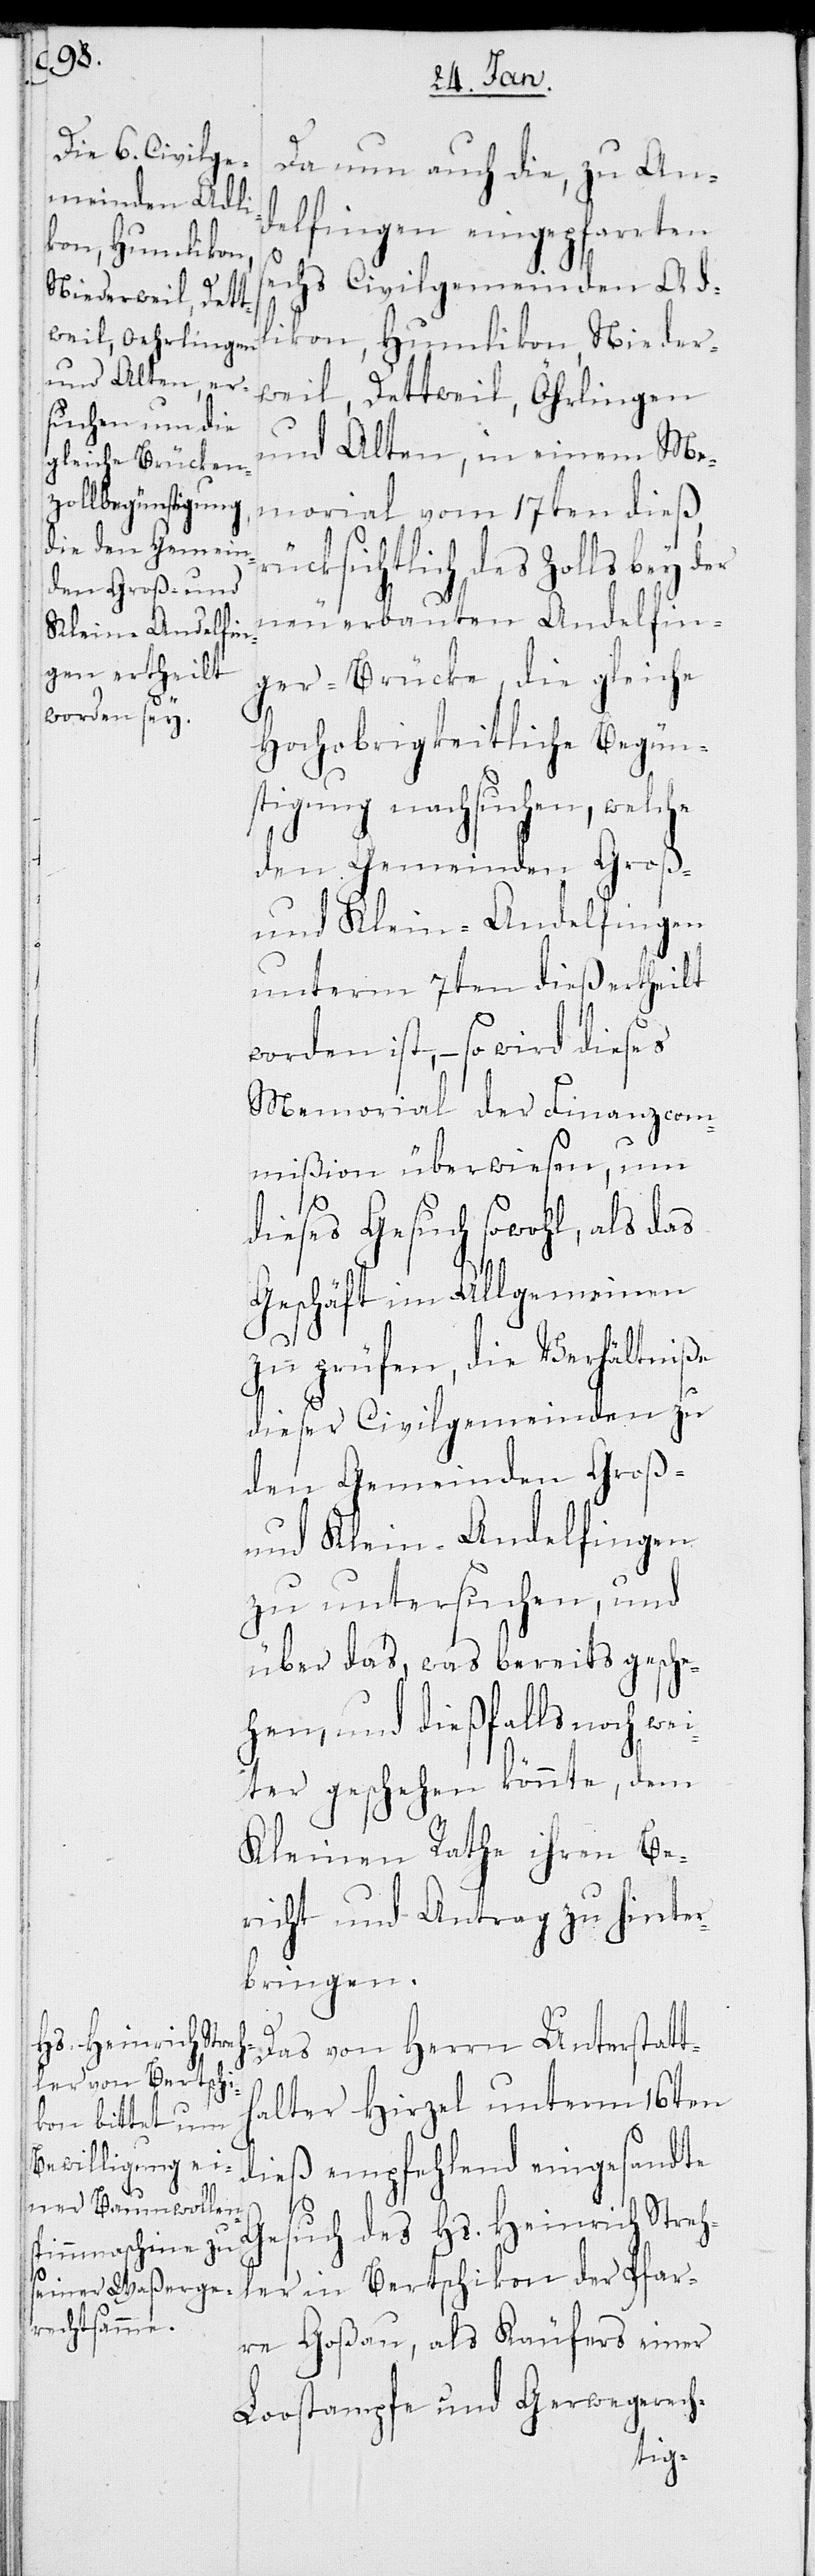
Da nun auch die, zu An¬
delfingen eingepfarrten
sechs Civilgemeinden Adl¬
ikon, Humlikon, Nieder¬
weil, Dettweil, Öhrlingen
und Alten, in einem Me¬
morial vom 17ten dieß, r¬
ücksichtlich des Zolls bey der
neu erbauten Andelfin¬
ger-Brücke, die gleiche
Hochobrigkeitliche Begün¬
stigung nachsuchen, welche
den Gemeinden Groß-
und Klein-Andelfingen
unterm 7ten dieß ertheilt
worden ist, – so wird dieses
Memorial der Finanzcom¬
mißion überwiesen, um
dieses Gesuch sowohl, als das
Geschäft im Allgemeinen
zu prüfen, die Verhältniße
dieser Civilgemeinden zu
den Gemeinden Groß-
und Klein-Andelfingen
zu untersuchen, und
über das, was bereits gesche¬
hen, und dießfalls noch w¬
eiter geschehen könnte, dem
Kleinen Rathe ihren Be¬
richt und Antrag zu hinter¬
bringen.
Das von Herrn Unterstatt¬
halter Hirzel unterm 16ten
dieß empfehlend eingesandte
Gesuch des Hs. Heinrich Streh¬
ler in Bertschikon, der Pfar¬
re Goßau, als Käufers einer
Loostampfe und Gerwegerech-